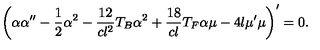
\left( \alpha \alpha ^ { \prime \prime } - \frac 1 2 \alpha ^ { 2 } - \frac { 1 2 } { c l ^ { 2 } } T _ { B } \alpha ^ { 2 } + \frac { 1 8 } { c l } T _ { F } \alpha \mu - 4 l \mu ^ { \prime } \mu \right) ^ { \prime } = 0 .